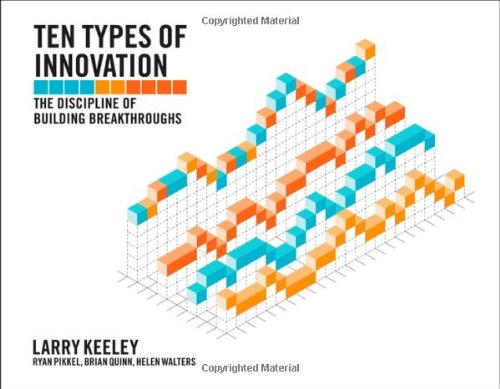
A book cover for Ten Types of Innovation: The Discipline of Building Breakthroughs; Larry Keeley; Business & Money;